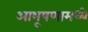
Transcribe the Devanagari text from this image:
आभूषणामध्ये